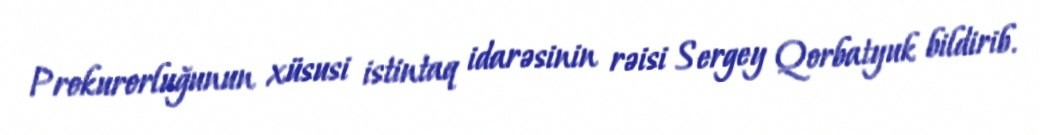
Prokurorluğunun xüsusi istintaq idarəsinin rəisi Sergey Qorbatyuk bildirib.